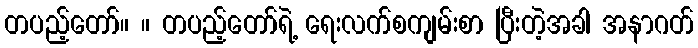
တပည့်တော်။ ။ တပည့်တော်ရဲ့ ရေးလက်စကျမ်းစာ ပြီးတဲ့အခါ အနာဂတ်